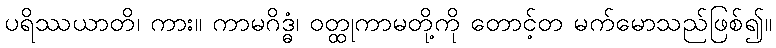
ပရိဿယာတိ၊ ကား။ ကာမဂိဒ္ဓံ၊ ဝတ္ထုကာမတို့ကို တောင့်တ မက်မောသည်ဖြစ်၍။